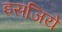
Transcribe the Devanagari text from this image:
इसजिये